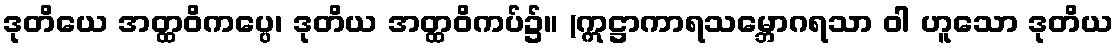
ဒုတိယေ အတ္ထဝိကပ္ပေ၊ ဒုတိယ အတ္ထဝိကပ်၌။ (ဣဋ္ဌာကာရသမ္ဘောဂရသာ ဝါ ဟူသော ဒုတိယ